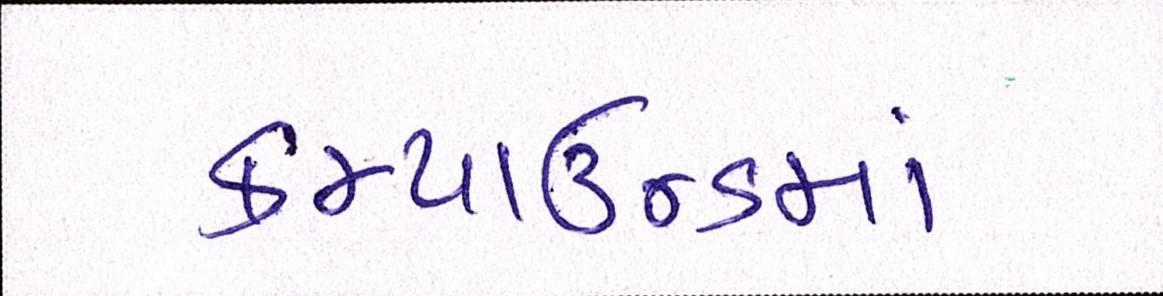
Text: કમ્પાઉન્ડમાં